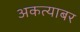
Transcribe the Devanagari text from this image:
अकत्याबर